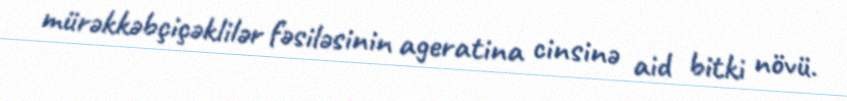
mürəkkəbçiçəklilər fəsiləsinin ageratina cinsinə aid bitki növü.